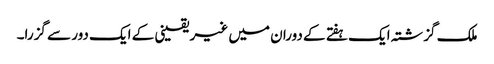
ملک گزشتہ ایک ہفتے کے دوران میں غیر یقینی کے ایک دور سے گزرا۔